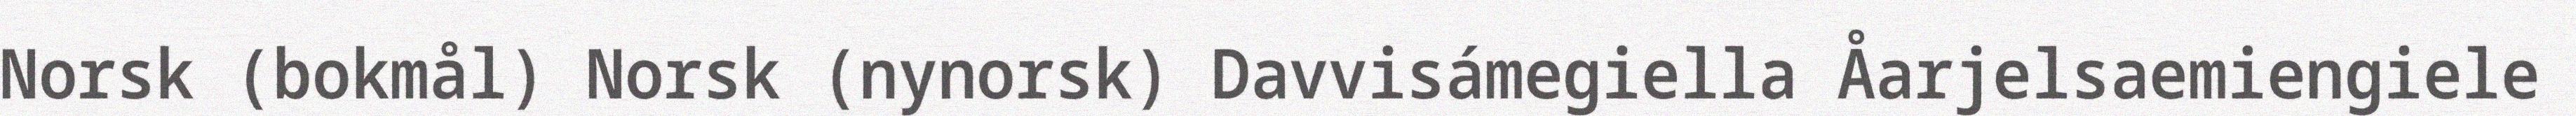
Norsk (bokmål) Norsk (nynorsk) Davvisámegiella Åarjelsaemiengiele